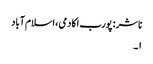
ناشر: پورب اکادمی ،اسلام آباد
۱۔